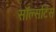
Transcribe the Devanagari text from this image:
सॉल्सटिस